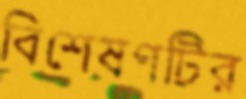
বিশেষণটির